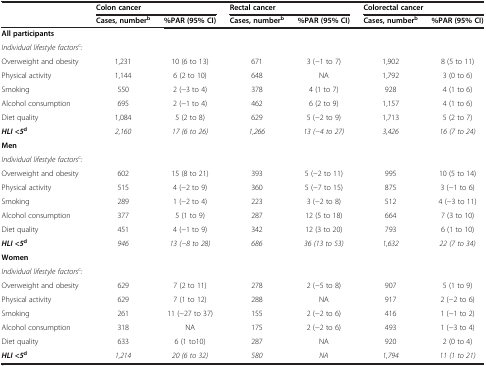
<table><thead><tr><td></td><td colspan="2"><b>Colon cancer</b></td><td colspan="2"><b>Rectal cancer</b></td><td colspan="2"><b>Colorectal cancer</b></td></tr><tr><td></td><td><b>Cases, number<sup>b</sup></b></td><td><b>%PAR (95% CI)</b></td><td><b>Cases, number<sup>b</sup></b></td><td><b>%PAR (95% CI)</b></td><td><b>Cases, number<sup>b</sup></b></td><td><b>%PAR (95% CI)</b></td></tr></thead><tbody><tr><td><b>All participants</b></td><td></td><td></td><td></td><td></td><td></td><td></td></tr><tr><td><i>Individual lifestyle factors</i><sup>c</sup><i>:</i></td><td></td><td></td><td></td><td></td><td></td><td></td></tr><tr><td>Overweight and obesity</td><td>1,231</td><td>10 (6 to 13)</td><td>671</td><td>3 (−1 to 7)</td><td>1,902</td><td>8 (5 to 11)</td></tr><tr><td>Physical activity</td><td>1,144</td><td>6 (2 to 10)</td><td>648</td><td>NA</td><td>1,792</td><td>3 (0 to 6)</td></tr><tr><td>Smoking</td><td>550</td><td>2 (−3 to 4)</td><td>378</td><td>4 (1 to 7)</td><td>928</td><td>4 (1 to 6)</td></tr><tr><td>Alcohol consumption</td><td>695</td><td>2 (−1 to 4)</td><td>462</td><td>6 (2 to 9)</td><td>1,157</td><td>4 (1 to 6)</td></tr><tr><td>Diet quality</td><td>1,084</td><td>5 (2 to 8)</td><td>629</td><td>5 (−2 to 9)</td><td>1,713</td><td>5 (2 to 7)</td></tr><tr><td><b><i>HLI &lt;5</i></b><sup><b>d</b></sup></td><td><i>2,160</i></td><td><i>17 (6 to 26)</i></td><td><i>1,266</i></td><td><i>13 (−4 to 27)</i></td><td><i>3,426</i></td><td><i>16 (7 to 24)</i></td></tr><tr><td><b>Men</b></td><td></td><td></td><td></td><td></td><td></td><td></td></tr><tr><td><i>Individual lifestyle factors</i><sup>c</sup><i>:</i></td><td></td><td></td><td></td><td></td><td></td><td></td></tr><tr><td>Overweight and obesity</td><td>602</td><td>15 (8 to 21)</td><td>393</td><td>5 (−2 to 11)</td><td>995</td><td>10 (5 to 14)</td></tr><tr><td>Physical activity</td><td>515</td><td>4 (−2 to 9)</td><td>360</td><td>5 (−7 to 15)</td><td>875</td><td>3 (−1 to 6)</td></tr><tr><td>Smoking</td><td>289</td><td>1 (−2 to 4)</td><td>223</td><td>3 (−2 to 8)</td><td>512</td><td>4 (−3 to 11)</td></tr><tr><td>Alcohol consumption</td><td>377</td><td>5 (1 to 9)</td><td>287</td><td>12 (5 to 18)</td><td>664</td><td>7 (3 to 10)</td></tr><tr><td>Diet quality</td><td>451</td><td>4 (−1 to 9)</td><td>342</td><td>12 (3 to 20)</td><td>793</td><td>6 (1 to 10)</td></tr><tr><td><b><i>HLI &lt;5</i></b><sup><b>d</b></sup></td><td><i>946</i></td><td><i>13 (−8 to 28)</i></td><td><i>686</i></td><td><i>36 (13 to 53)</i></td><td><i>1,632</i></td><td><i>22 (7 to 34)</i></td></tr><tr><td><b>Women</b></td><td></td><td></td><td></td><td></td><td></td><td></td></tr><tr><td><i>Individual lifestyle factors</i><sup>c</sup><i>:</i></td><td></td><td></td><td></td><td></td><td></td><td></td></tr><tr><td>Overweight and obesity</td><td>629</td><td>7 (2 to 11)</td><td>278</td><td>2 (−5 to 8)</td><td>907</td><td>5 (1 to 9)</td></tr><tr><td>Physical activity</td><td>629</td><td>7 (1 to 12)</td><td>288</td><td>NA</td><td>917</td><td>2 (−2 to 6)</td></tr><tr><td>Smoking</td><td>261</td><td>11 (−27 to 37)</td><td>155</td><td>2 (−2 to 6)</td><td>416</td><td>1 (−1 to 2)</td></tr><tr><td>Alcohol consumption</td><td>318</td><td>NA</td><td>175</td><td>2 (−2 to 6)</td><td>493</td><td>1 (−3 to 4)</td></tr><tr><td>Diet quality</td><td>633</td><td>6 (1 to10)</td><td>287</td><td>NA</td><td>920</td><td>2 (0 to 4)</td></tr><tr><td><b><i>HLI &lt;5</i></b><sup><b>d</b></sup></td><td><i>1,214</i></td><td><i>20 (6 to 32)</i></td><td><i>580</i></td><td><i>NA</i></td><td><i>1,794</i></td><td><i>11 (1 to 21)</i></td></tr></tbody></table>